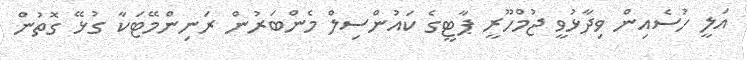
އަލީ ހުސެއިން ވިދާޅުވީ ޖުމްހޫރީ ޕާޓީގެ ކައުންސިލް މެންބަރުން ރަނިންމޭޓަކާ ގުޅޭ ގޮތުން